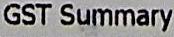
GST SUMMARY